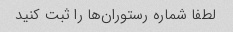
لطفا شماره رستوران‌ها را ثبت کنید